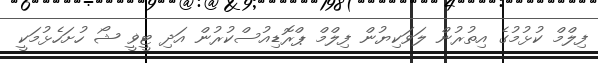
ފިލްމް ކުޅުމުގެ އިތުރުން ލަވަކިޔުން ފިލްމް ޕްރޮޑިއުސްކުރުން އަދި ޓީޥީ ޝޯ ހުށަހެޅުމަކީ